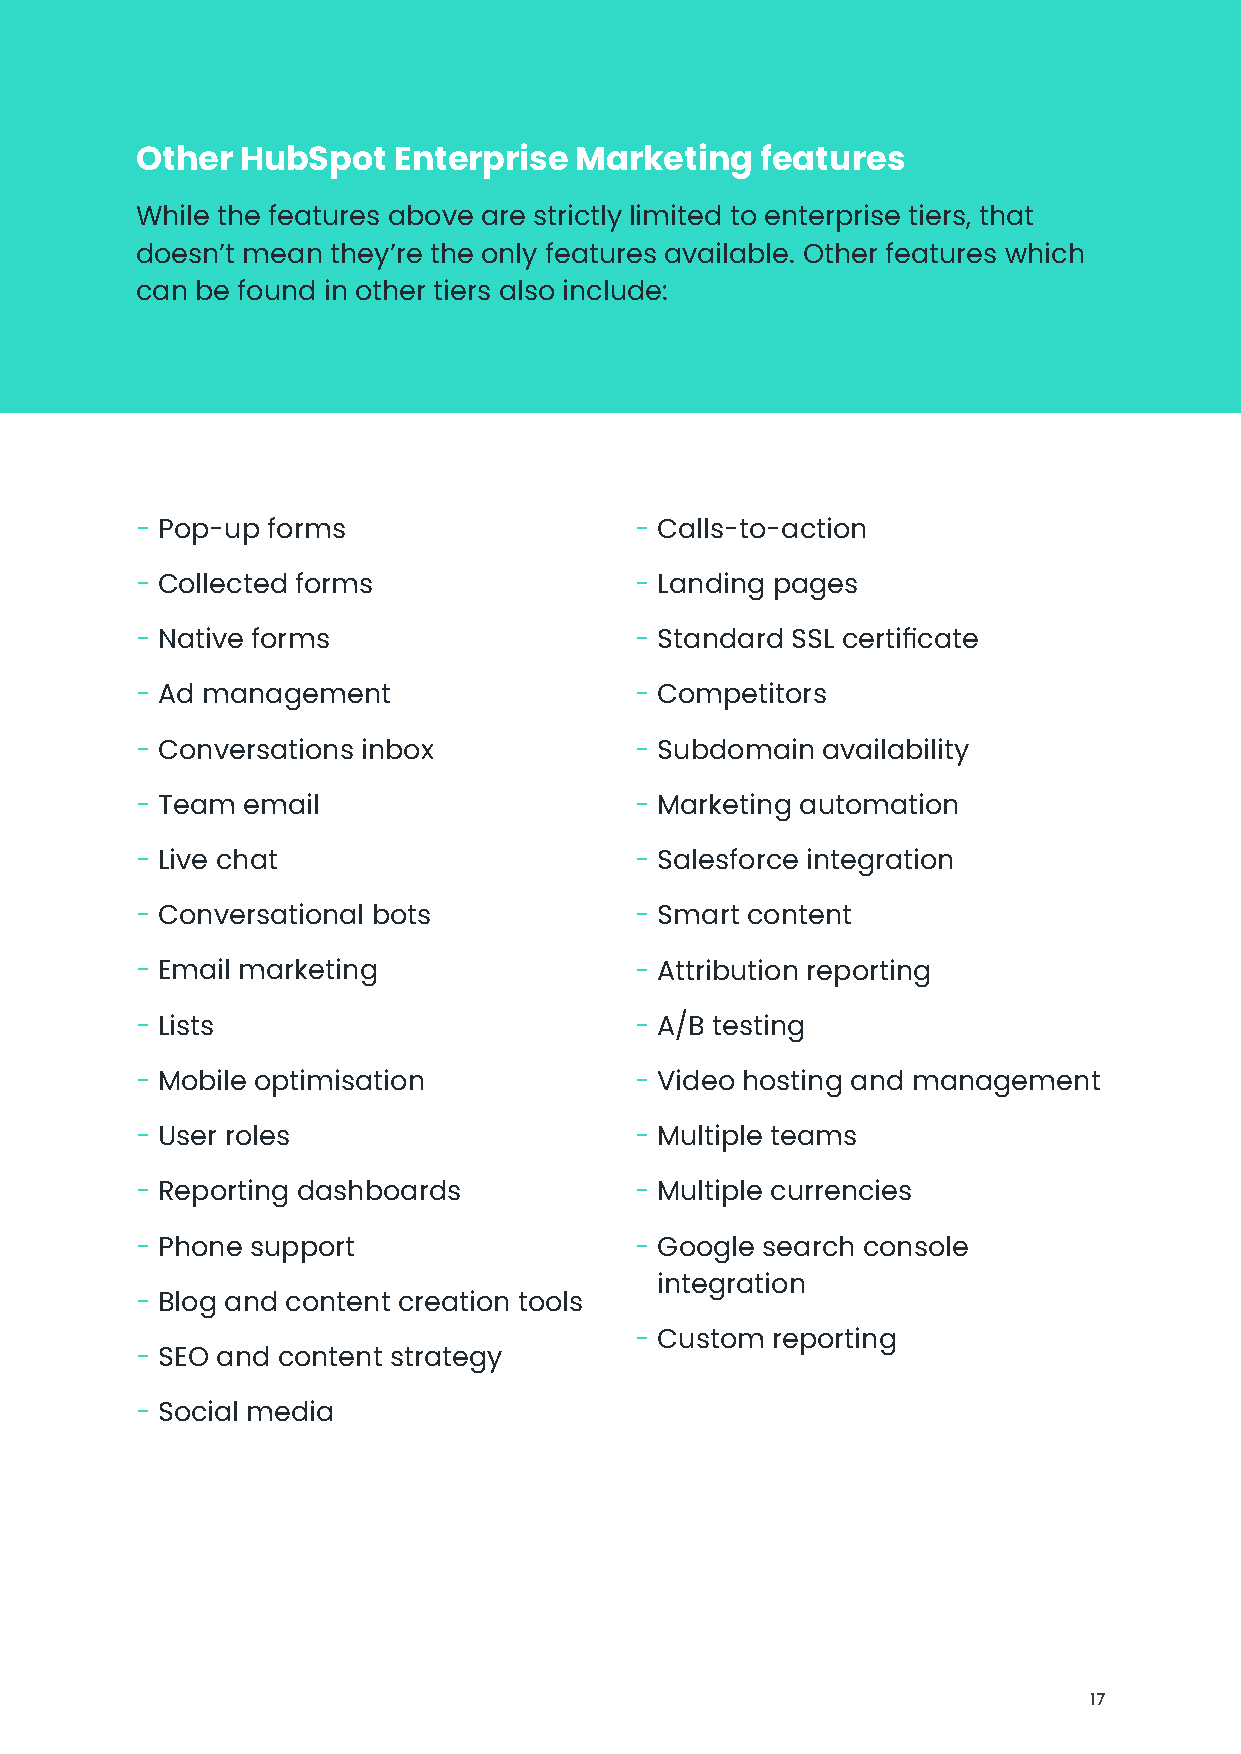
Other  HubSpot   Enterprise  Marketing   features
 While the features above are strictly limited to enterprise tiers, that
 doesn’t mean they’re the only features available. Other features which
 can be found in other tiers also include:
 - Pop-up forms                   - Calls-to-action
 - Collected forms                - Landing pages
 - Native forms                   - Standard SSL certificate
 - Ad management                  - Competitors
 - Conversations inbox            - Subdomain availability
 - Team email                     - Marketing automation
 - Live chat                      - Salesforce integration
 - Conversational bots            - Smart content
 - Email marketing                - Attribution reporting
 - Lists                          - A/B testing
 - Mobile optimisation            - Video hosting and management
 - User roles                     - Multiple teams
 - Reporting dashboards           - Multiple currencies
 - Phone support                  - Google search console
 integration
 - Blog and content creation tools
 - Custom reporting
 - SEO and content strategy
 - Social media
 17